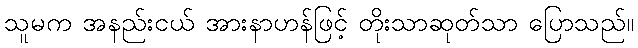
သူမက အနည်းငယ် အားနာဟန်ဖြင့် တိုးသာဆုတ်သာ ပြောသည်။